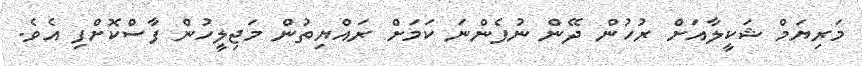
މަރިޔަމް ޝަކީލާއަށް ރުހުން ދޭން ނުފެންނަ ކަމަށް ރައްޔިތުން މަޖިލީހުން ފާސްކޮށްފި އެވެ.